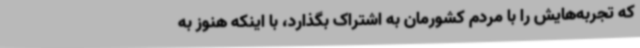
که تجربه‌هایش را با مردم کشورمان به اشتراک بگذارد، با اینکه هنوز به